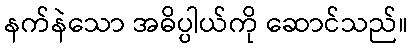
နက်နဲသော အဓိပ္ပါယ်ကို ဆောင်သည်။